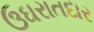
ઉઘરાતદાર